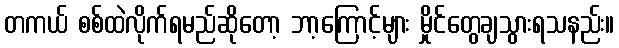
တကယ် စစ်ထဲလိုက်ရမည်ဆိုတော့ ဘာ့ကြောင့်များ မှိုင်တွေချသွားရသနည်း။